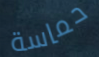
حماسة